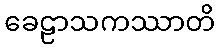
ခေဠာသကဿာတိ